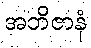
အဘိဇာနံ